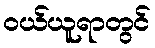
ဝယ်ယူရာတွင်